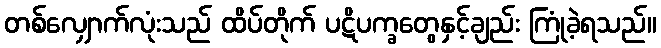
တစ်လျှောက်လုံးသည် ထိပ်တိုက် ပဋိပက္ခတွေနှင့်ချည်း ကြုံခဲ့ရသည်။